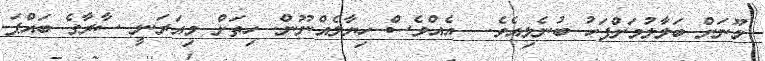
މޫނަށް ބަލާލުމަށްފަހު ބުނެލިއެވެ.  އެއްވެސް ހިޔާލެއްނޫން. ހިތަށް މިއަރަނީ ސާރާގެ ބައްޕަ